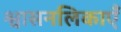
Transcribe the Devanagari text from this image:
श्वासनलिकाएँ